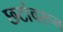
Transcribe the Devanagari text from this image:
छटांवरून